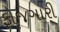
ફોજગારી